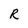
Character: R